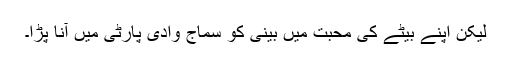
لیکن اپنے بیٹے کی محبت میں بینی کو سماج وادی پارٹی میں آنا پڑا۔